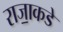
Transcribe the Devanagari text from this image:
राजा॒कडे